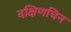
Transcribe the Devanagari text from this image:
दक्षिणचिन